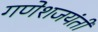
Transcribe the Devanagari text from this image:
गणेशजयंती